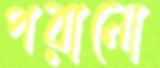
পরানো